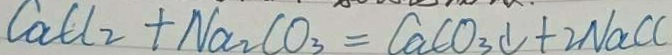
C a C l _ { 2 } + N a _ { 2 } C O _ { 3 } = C a C O _ { 3 } \downarrow + 2 N a C l